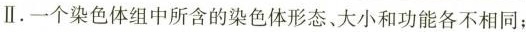
Ⅱ.一个染色体组中所含的染色体形态、大小和功能各不相同；